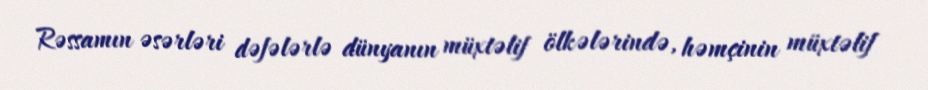
Rəssamın əsərləri dəfələrlə dünyanın müxtəlif ölkələrində, həmçinin müxtəlif